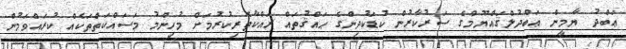
ޢަބްދު ޔާމީން ޢަބްދުލްޤައްޔޫމްގެ ސަރުކާރުން ކުޑަކުދިންގެ ޙައްޤުތައް ރައްކާތެރިކުރުމަށް މުހިންމު މަސައްކަތްތަކެއް ކުރައްވަމުން